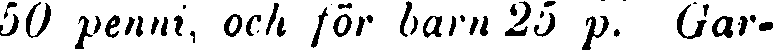
50 penni, och för barn 25 p. Gar-